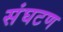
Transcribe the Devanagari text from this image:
संघटण